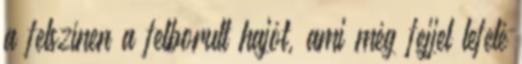
a felszínen a felborult hajót, ami még fejjel lefelé